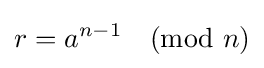
r=a^{n-1}{\pmod {n}}